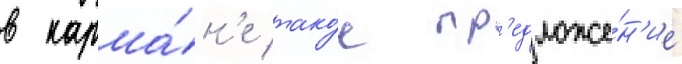
в карма́н'е тако́е пр'едложе́н'ие